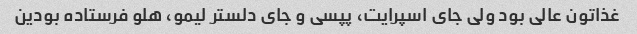
غذاتون عالی بود ولی جای اسپرایت، پپسی و جای دلستر لیمو، هلو فرستاده بودین